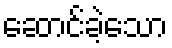
ဆောင်ခဲ့သော